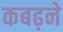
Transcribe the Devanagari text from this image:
कबढ़ने